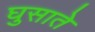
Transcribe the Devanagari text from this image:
घुसाते